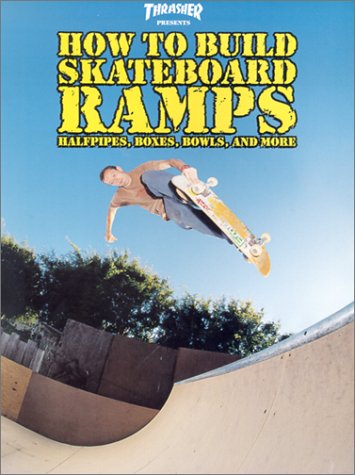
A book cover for Thrasher Presents: How to Build Skateboard Ramps, Halfpipes, Boxes, Bowls and More (Skate My Friend, Skate); Sports & Outdoors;